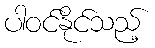
ပါဝင်နိုင်သည့်